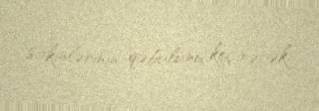
sakinlərinin qəbulunu keçirəcək.